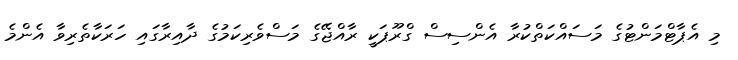
މި އެޕާޓްމަންޓުގެ މަސައްކަތްކުރާ އެންސިސް ގްރޫޕަކީ ރާއްޖޭގެ މަސްވެރިކަމުގެ ދާއިރާގައި ހަރަކާތެރިވާ އެންމެ